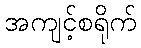
အကျင့်စရိုက်